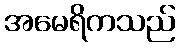
အမေရိကသည်